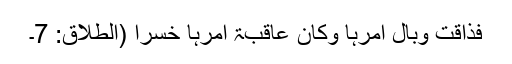
فَذَاقَتْ وَبَالَ أَمْرِہَا وَکَانَ عَاقِبَۃُ أَمْرِہَا خُسْراً (الطلاق: 7۔